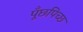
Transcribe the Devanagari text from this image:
पूँछपिच्छ